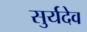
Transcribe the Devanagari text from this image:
सुर्यदेव